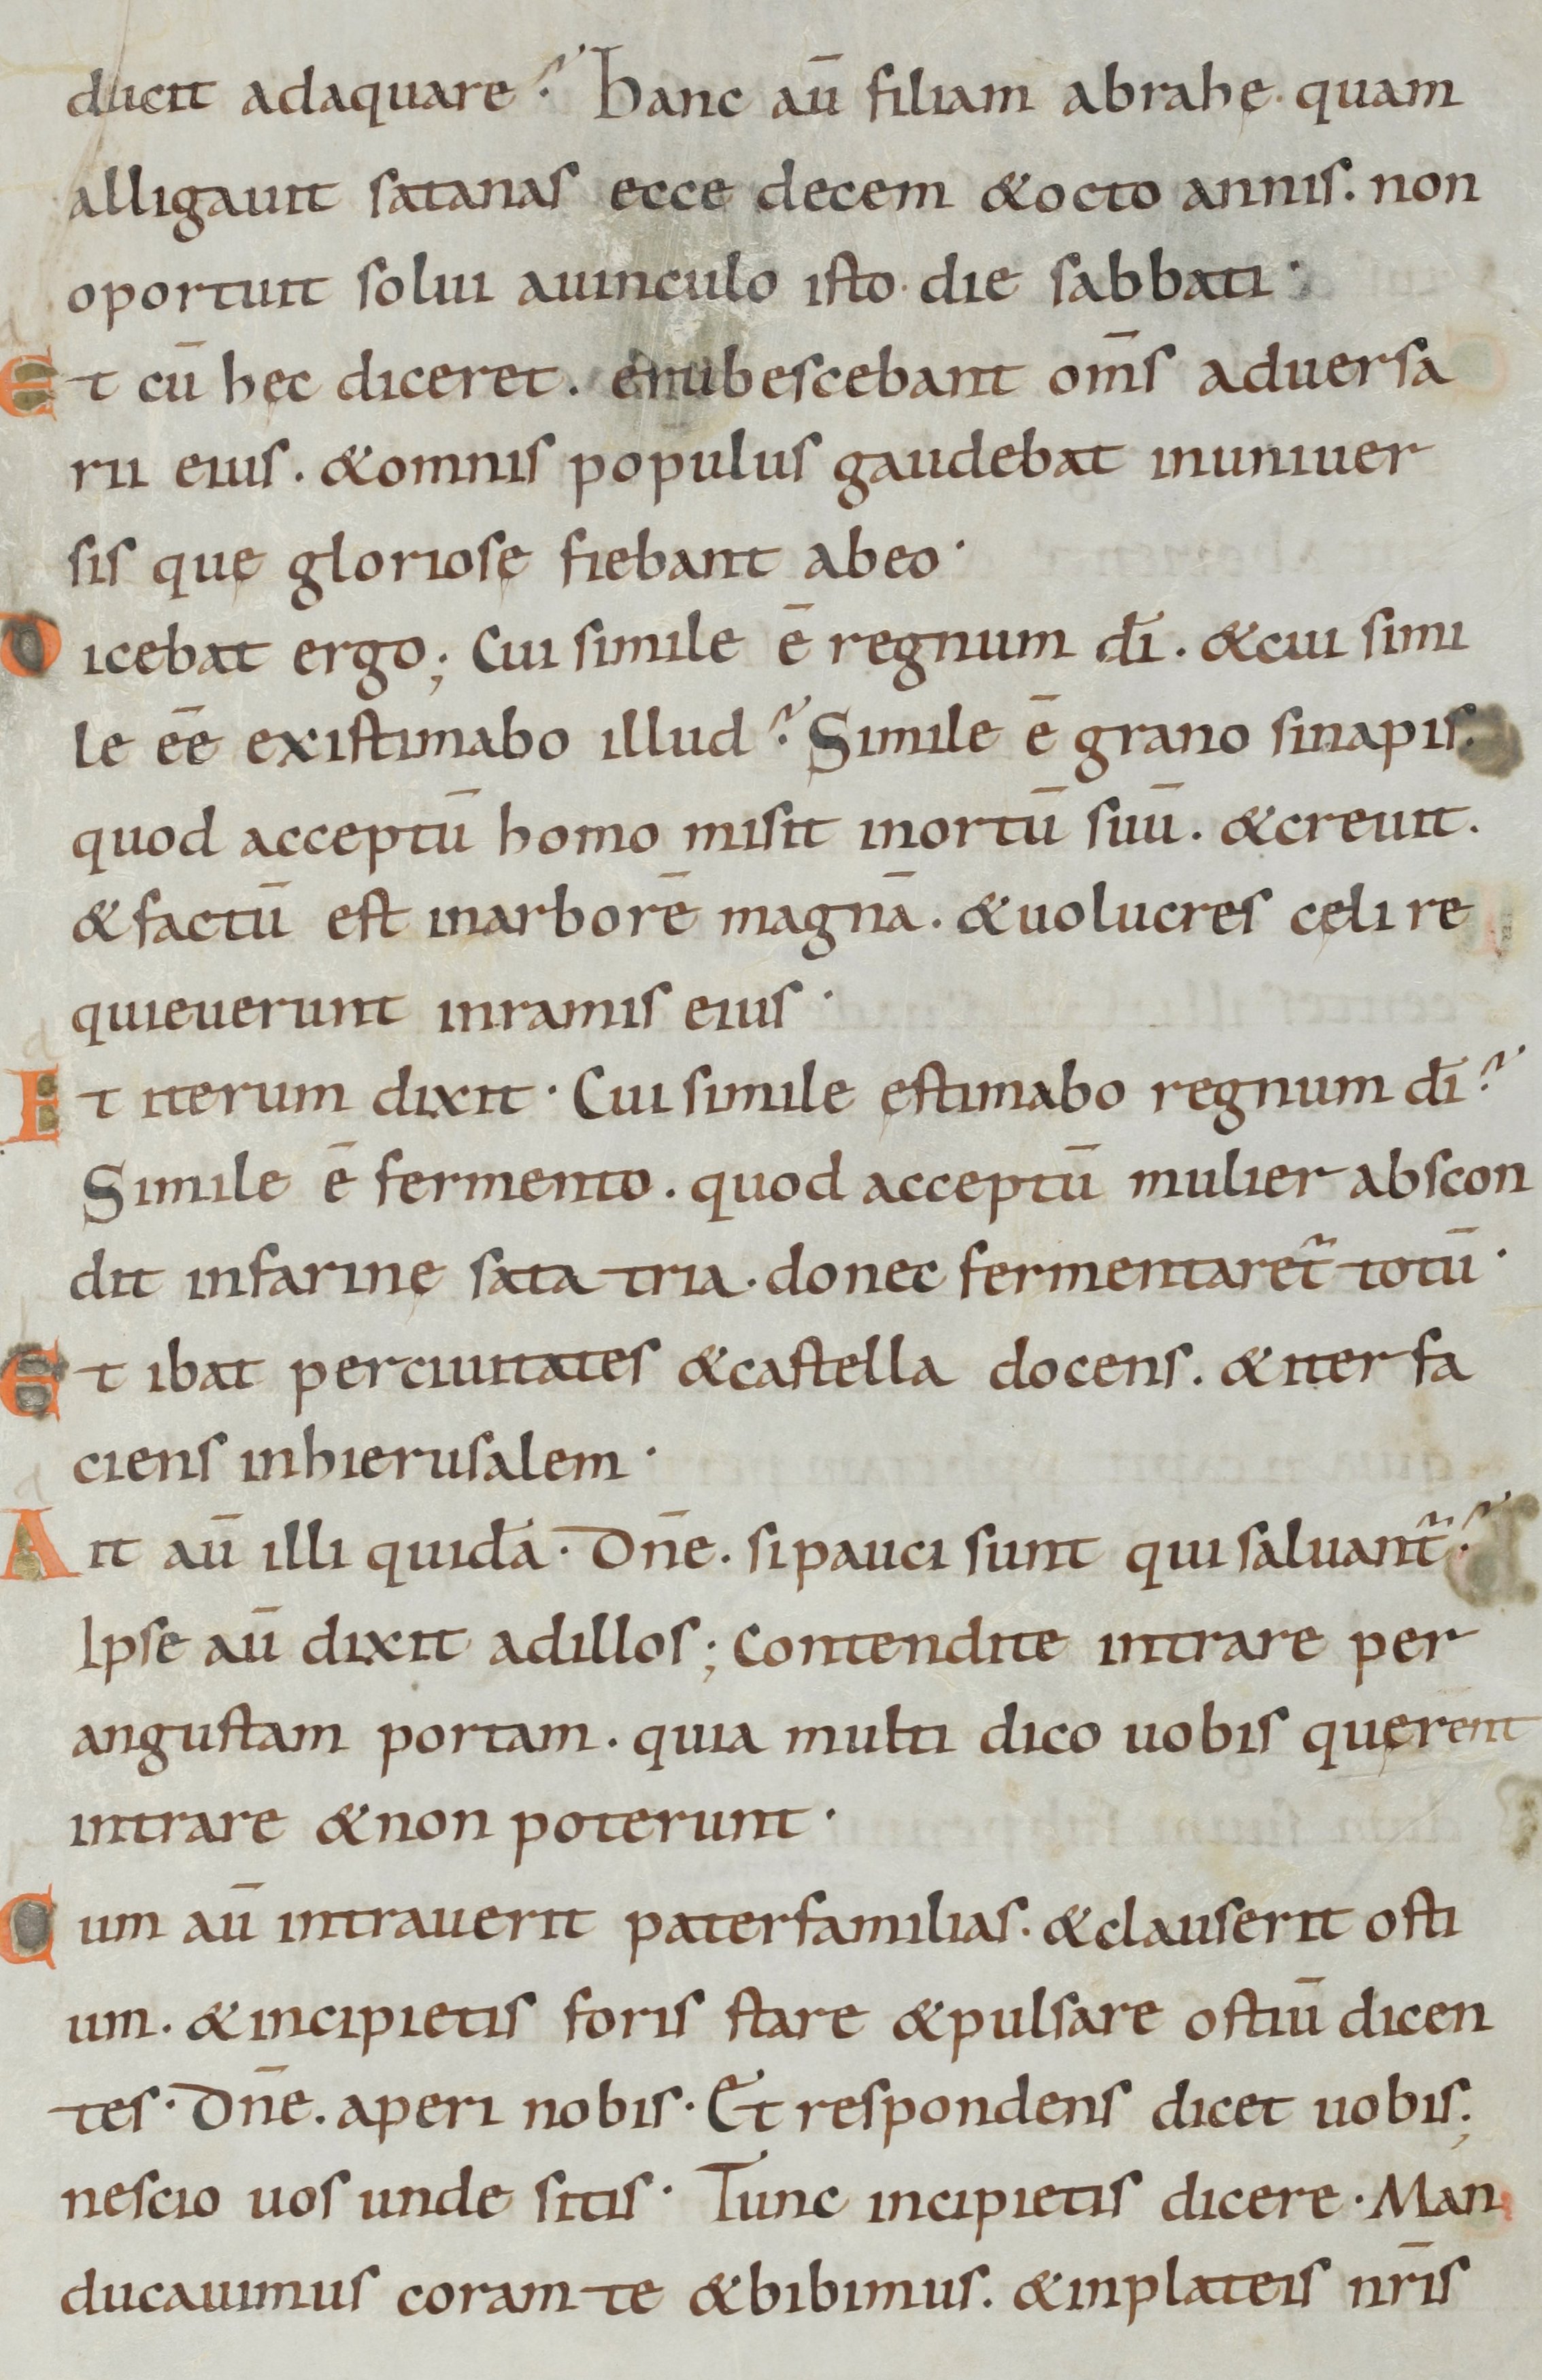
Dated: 885–950